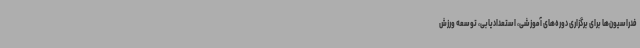
فدراسیون‌ها برای برگزاری دوره‌های آموزشی، استعدادیابی، توسعه ورزش